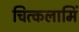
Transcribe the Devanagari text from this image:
चित्कलामिं